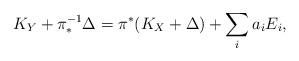
LaTeX: \begin{align*}K_Y+\pi^{-1}_*\Delta=\pi^*(K_X+\Delta)+\sum_i a_i E_i, \end{align*}